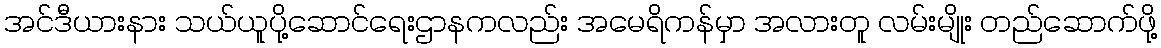
အင်ဒီယားနား သယ်ယူပို့ဆောင်ရေးဌာနကလည်း အမေရိကန်မှာ အလားတူ လမ်းမျိုး တည်ဆောက်ဖို့